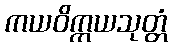
ကယဝိက္ကယသုတ္တံ